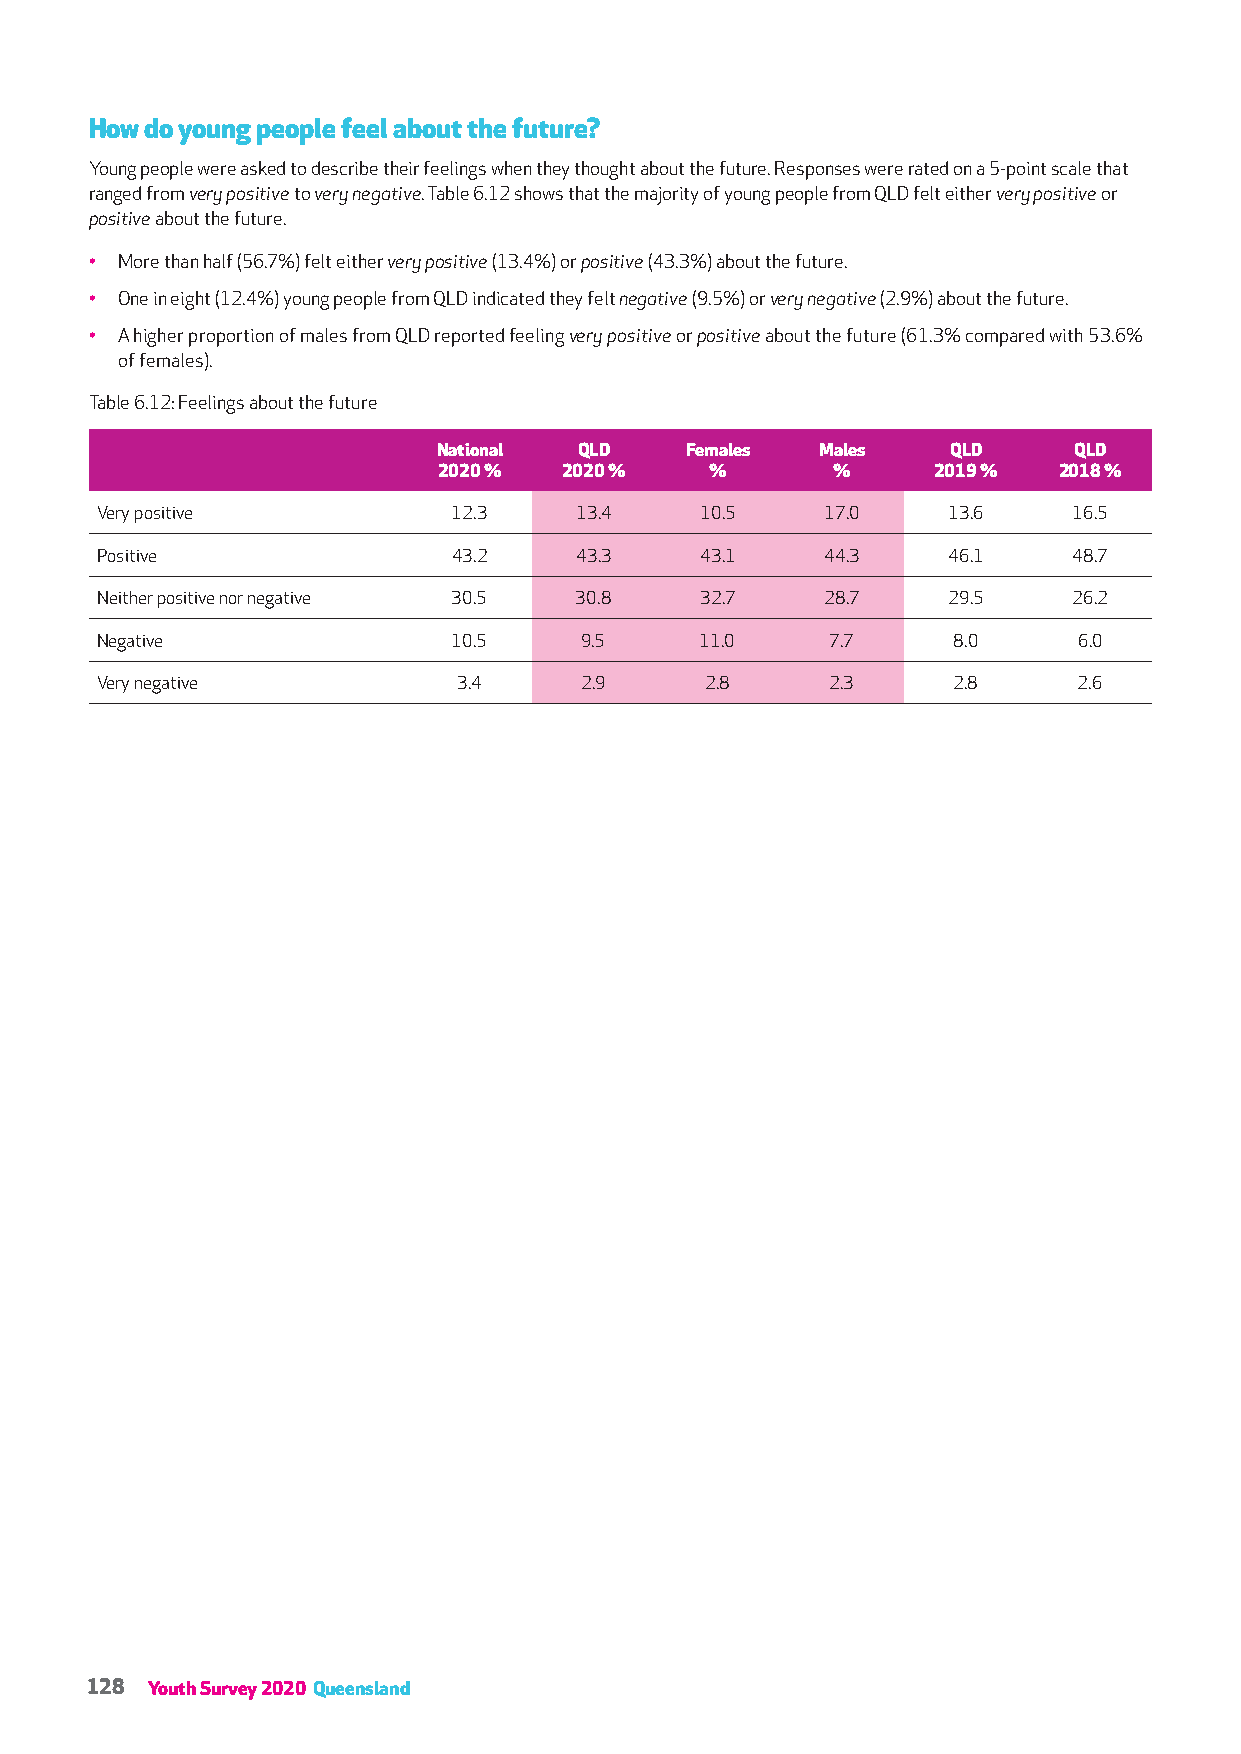
How do young people feel about the future?
 Young people were asked to describe their feelings when they thought about the future. Responses were rated on a 5-point scale that
 ranged from very positive to very negative. Table 6.12 shows that the majority of young people from QLD felt either very positive or
 positive about the future.
 • More than half (56.7%) felt either very positive (13.4%) or positive (43.3%) about the future.
 • One in eight (12.4%) young people from QLD indicated they felt negative (9.5%) or very negative (2.9%) about the future.
 • A higher proportion of males from QLD reported feeling very positive or positive about the future (61.3% compared with 53.6%
 of females).
 Table 6.12: Feelings about the future
 National QLD    Females  Males    QLD     QLD
 2020 %  2020 %    %       %      2019 %  2018 %
 Very positive           12.3    13.4    10.5     17.0    13.6    16.5
 Positive                43.2    43.3    43.1     44.3    46.1    48.7
 Neither positive nor negative 30.5 30.8 32.7     28.7    29.5    26.2
 Negative                10.5    9.5     11.0     7.7     8.0     6.0
 Very negative           3.4     2.9      2.8     2.3     2.8     2.6
 128 Youth Survey 2020 Queensland